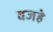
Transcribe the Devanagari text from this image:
वजहे